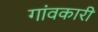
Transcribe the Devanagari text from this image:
गांवकारी